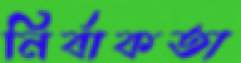
নির্বাকতা